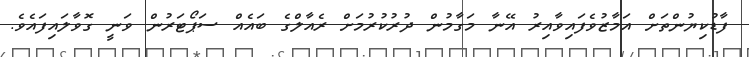
ފާޑުކިޔުންތަށް އަމާޒުވެފައިވާއިރު އޭނާ މަގާމުން ދުރުކުރުމަށް ރެއާލްގެ ބައެއް ސަޕޯޓަރުން ވަނީ ގޮވާލައިފައެވެ.